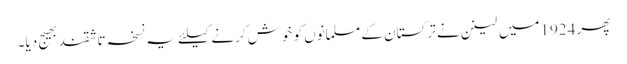
پھر 1924میں لینن نے ترکستان کے مسلمانوں کو خوش کرنے کیلئے یہ نسخہ تاشقند بھیج دیا۔